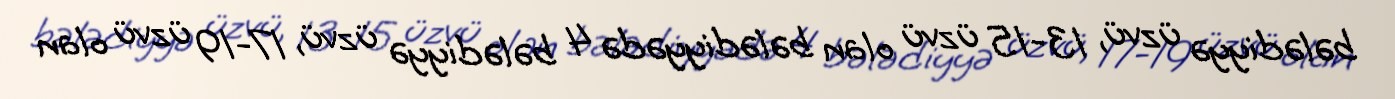
bələdiyyə üzvü, 13-15 üzvü olan bələdiyyədə 4 bələdiyyə üzvü, 17-19 üzvü olan